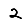
Digit: 2